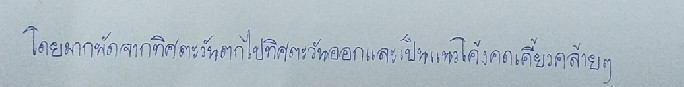
โดยมากพัดจากทิศตะวันตกไปทิศตะวันออกและเป็นแนวโค้งคดเคี้ยวคล้ายๆ